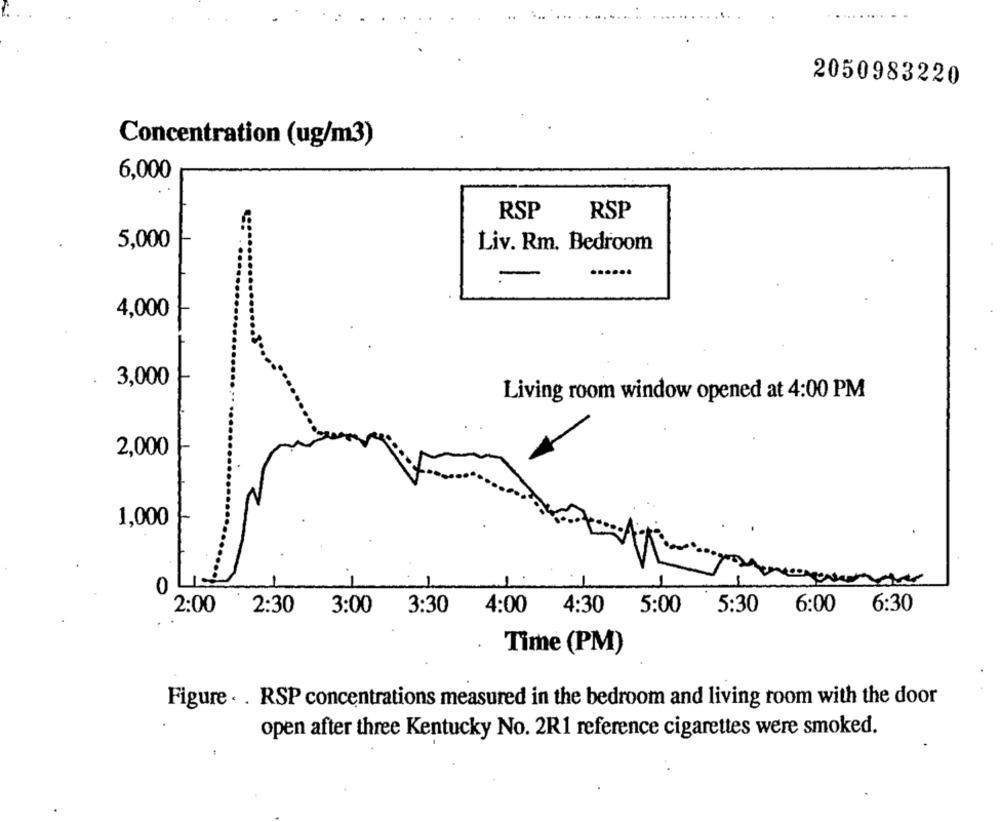
2050983220
Concentration (ug/m3)
6,000
RSP
RSP
5,000
Liv. Rm. Bedroom
-
4,000
3,000
Living room window opened at 4:00 PM
2,000
1,000
0
2:30
3:00
3:30
5:30
6:00
6:30
2:00
4:00 4:30 5:00
.
Time (PM)
Figure . . RSP concentrations measured in the bedroom and living room with the door
open after three Kentucky No. 2R1 reference cigarettes were smoked.